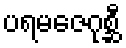
ပရမဇေဂုစ္ဆီ